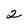
Character: 2